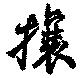
攘